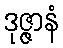
ဒုဇ္ဇာနံ